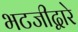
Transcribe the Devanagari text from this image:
भटजीद्वारे